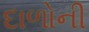
દાળોની